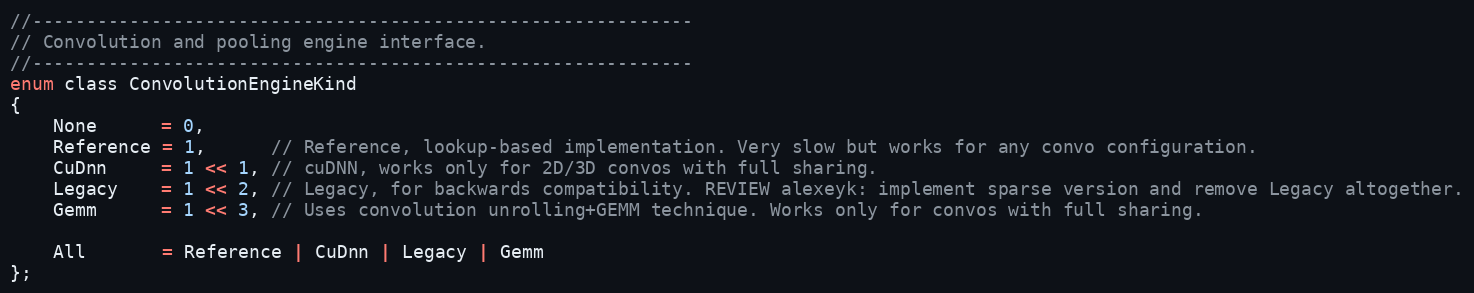
Language: C
//-------------------------------------------------------------
// Convolution and pooling engine interface.
//-------------------------------------------------------------
enum class ConvolutionEngineKind
{
    None      = 0,
    Reference = 1,      // Reference, lookup-based implementation. Very slow but works for any convo configuration.
    CuDnn     = 1 << 1, // cuDNN, works only for 2D/3D convos with full sharing.
    Legacy    = 1 << 2, // Legacy, for backwards compatibility. REVIEW alexeyk: implement sparse version and remove Legacy altogether.
    Gemm      = 1 << 3, // Uses convolution unrolling+GEMM technique. Works only for convos with full sharing.

    All       = Reference | CuDnn | Legacy | Gemm
};